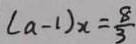
( a - 1 ) x = \frac { 8 } { 3 }